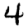
Digit: 4